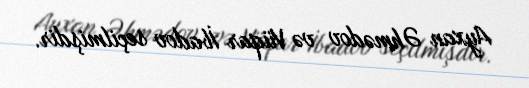
Ayxan Əhmədov və Vüqar İbadov seçilmişdir.